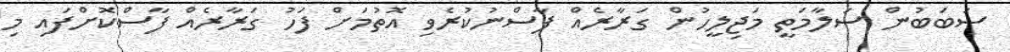
ސަބަބުން ސަލާމަތީ މަޖިލީހުން ގަރާރެއް ފާސްނުކުރެވި އޮތުމަށް ފަހު ގަރާރެއް ފާސްކޮށްފައި މި